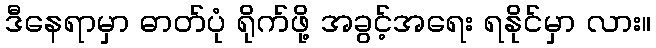
ဒီနေရာမှာ ဓာတ်ပုံ ရိုက်ဖို့ အခွင့်အရေး ရနိုင်မှာ လား။